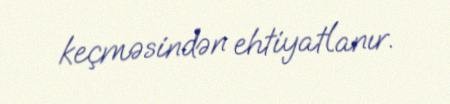
keçməsindən ehtiyatlanır.